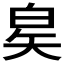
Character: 𬐇